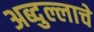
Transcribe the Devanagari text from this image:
अब्दुल्लाचे